Rae_vallavalitsus, lk 37
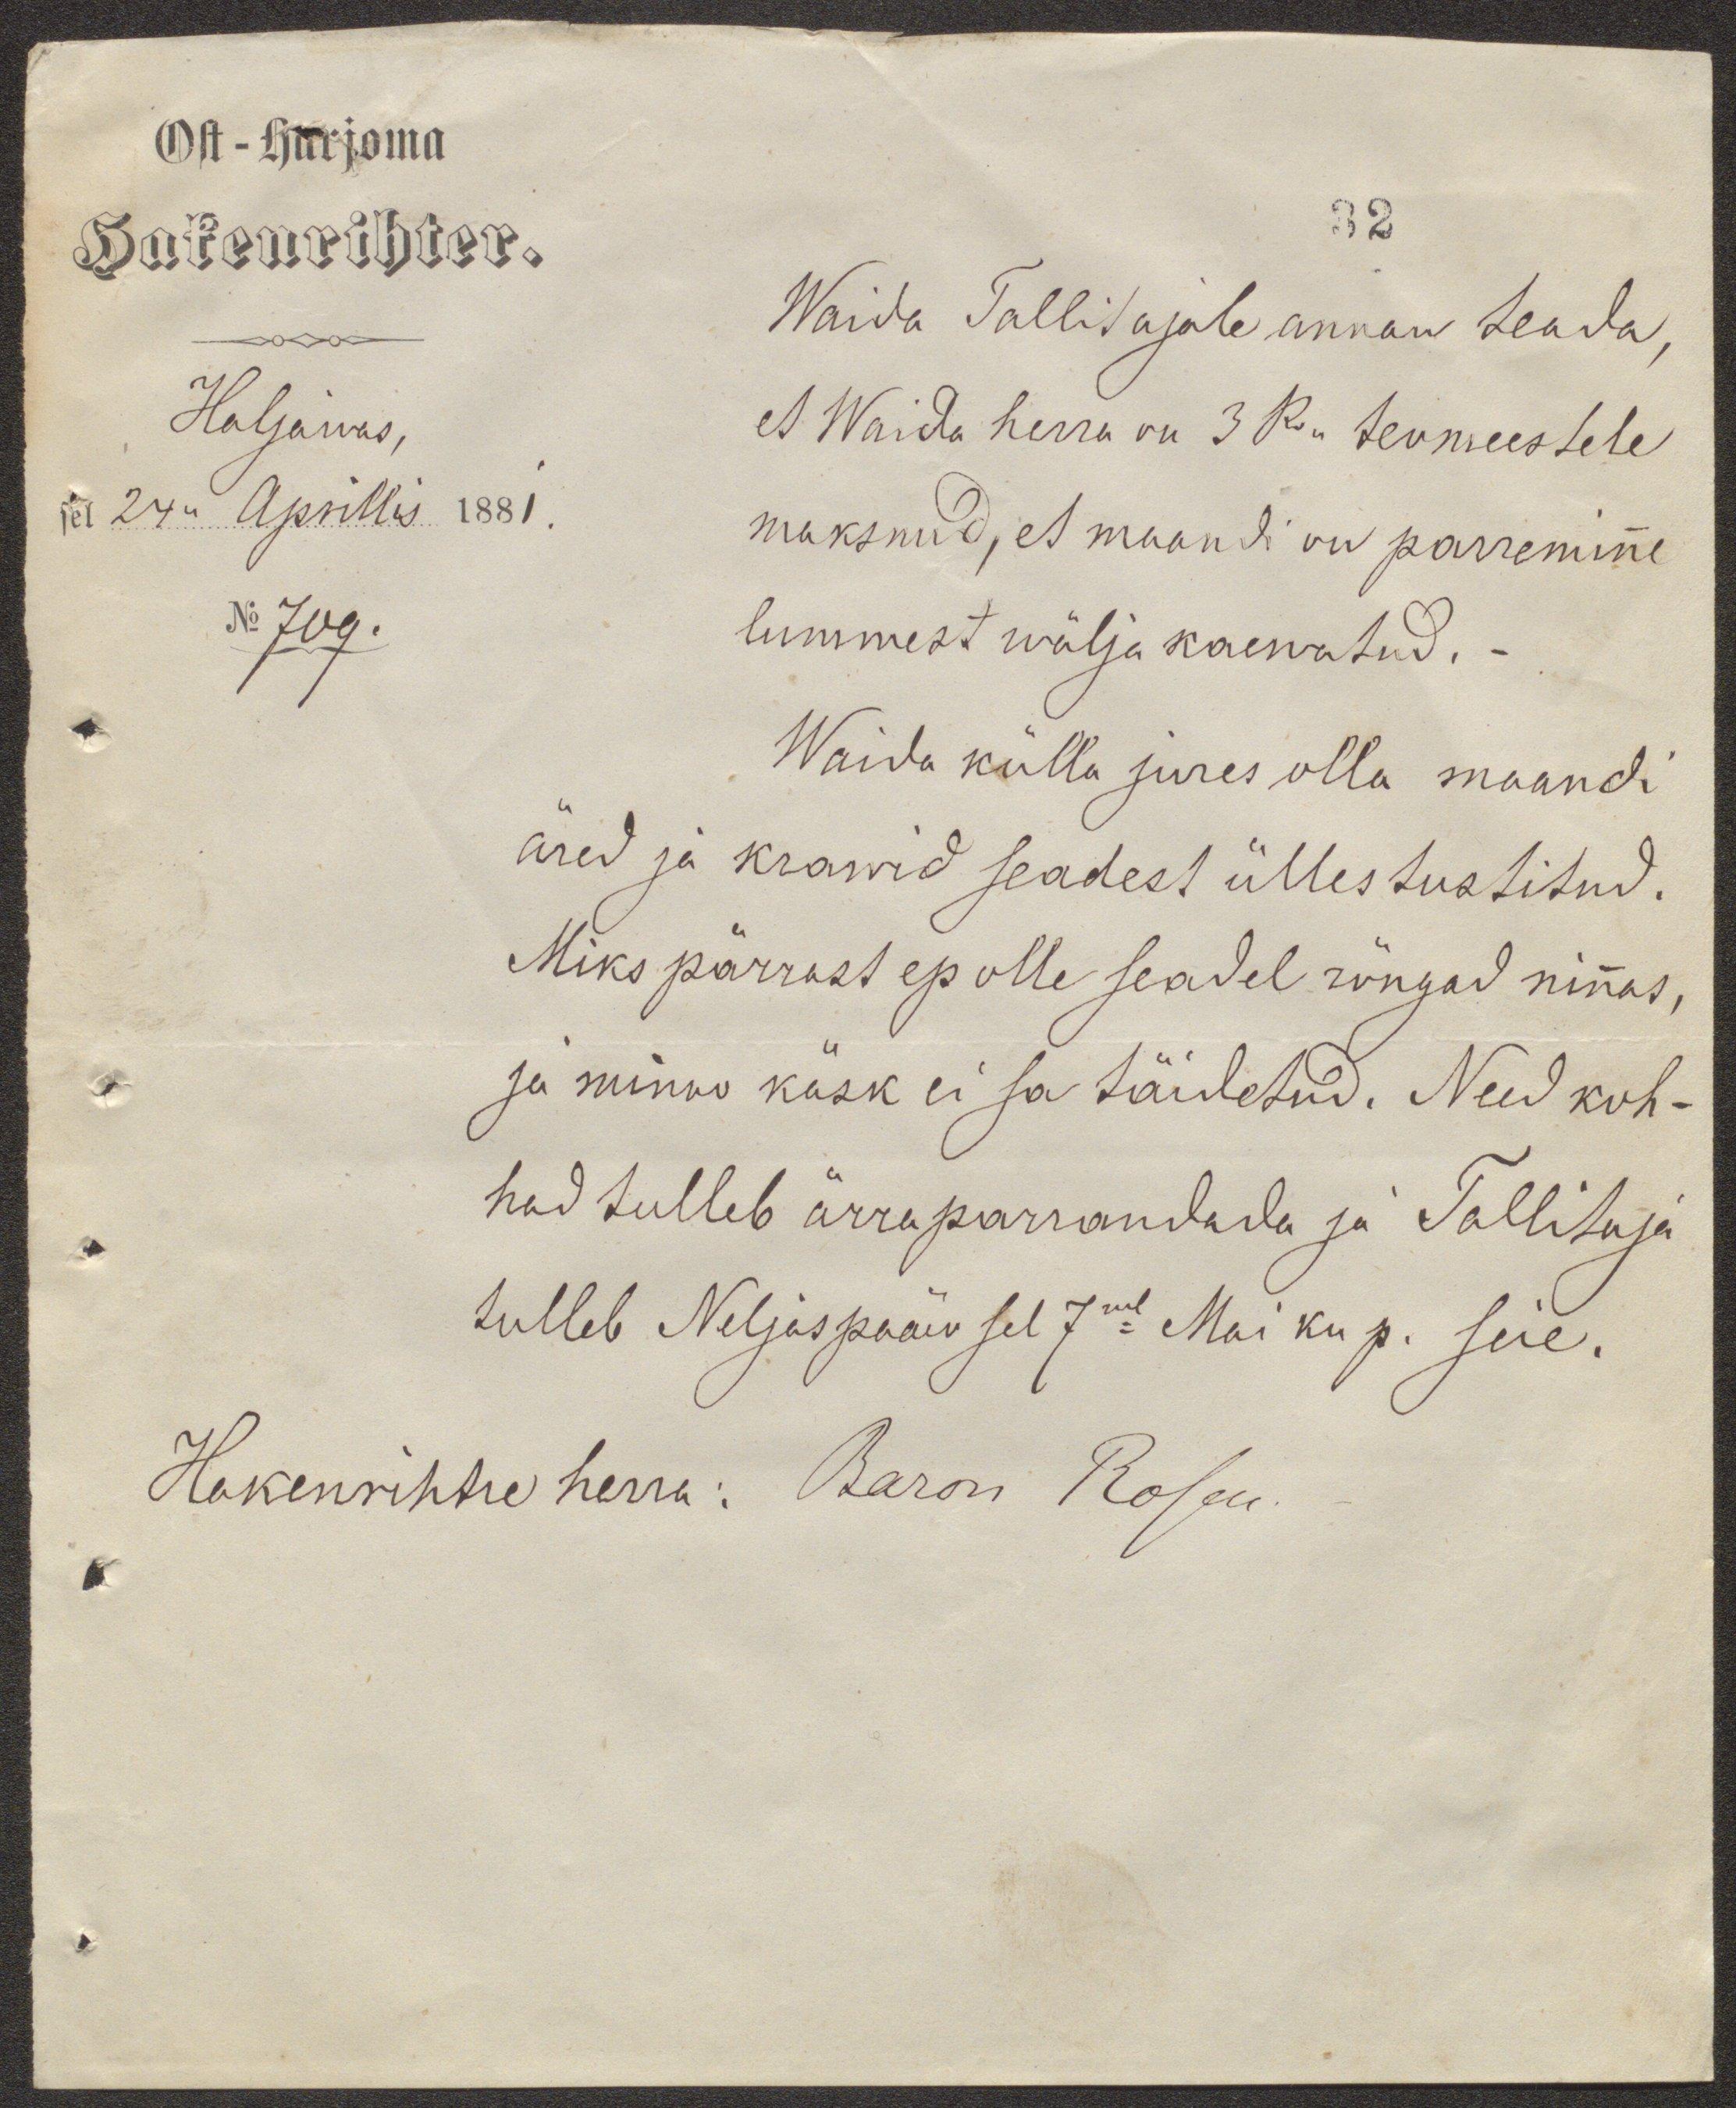
Ost-harjoma
Hakenrihter.
32
Haljawas,
sel 24n Aprillis 1881.
No 709.
Waida Tallitajale annan teada,
et Waida herra on 3 Ro teomeestele
maksnud, et maandi on parreminne
lummest wälja kaewatud. -
Waida külla jures olla maandi
äred ja krawid seadest ülles tustitud.
Miks pärrast ep olle seadel rõngad ninnas,
ja minno käsk ei sa täidetud. Need koh-
had tulleb ärra parrandada ja Tallitaja
tulleb Neljaspääw sel 7ml Mai ku p. seie.
Hakenrihtre herra: Baron Rosen